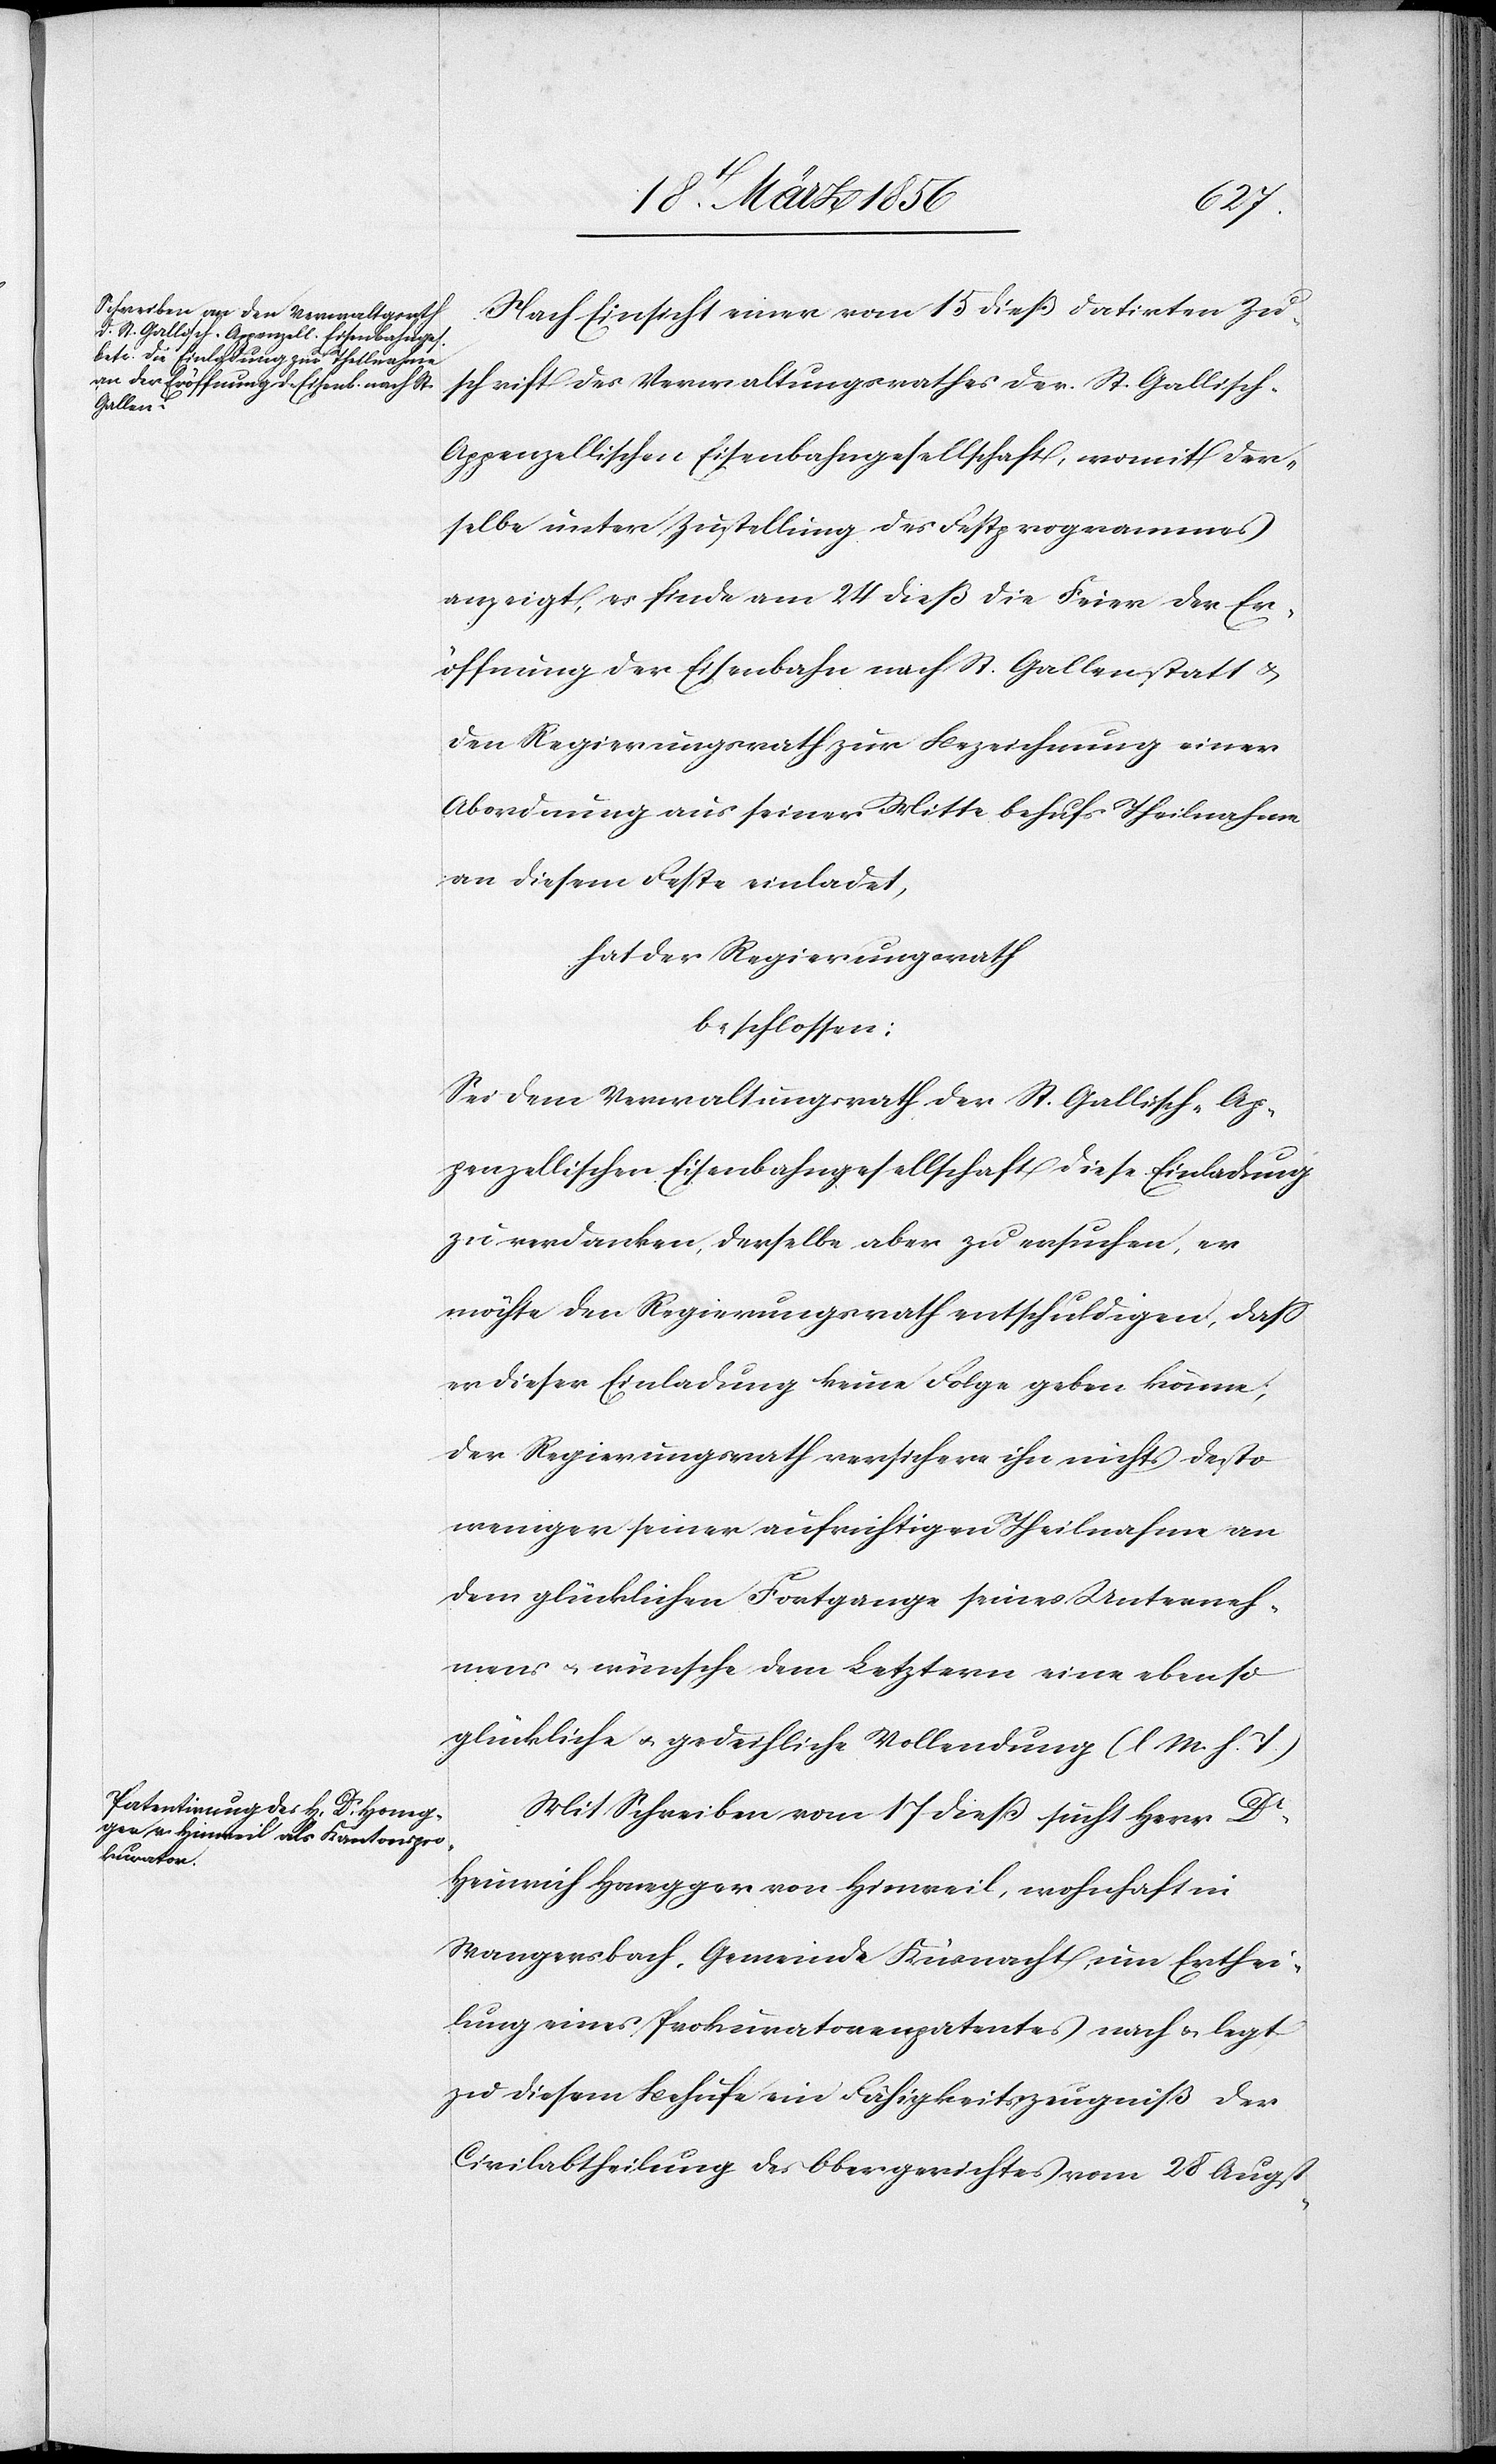
Nach Einsicht einer vom 15 dieß datirten Zu¬
schrift des Verwaltungsrathes der St. Gallisch-A¬
ppenzellischen Eisenbahngesellschaft, womit der¬
selbe unter Zustellung des Festprogrammes
anzeigt, es finde am 24 dieß die Feier der Er¬
öffnung der Eisenbahn nach St. Gallen statt &
den Regierungsrath zur Bezeichnung einer
Abordnung aus seiner Mitte behufs Theilnahme
an diesem Feste einladet,
hat der Regierungsrath
beschlossen:
Sei dem Verwaltungsrath der St. Gallisch-Ap¬
penzellischen Eisenbahngesellschaft diese Einladung
zu verdanken, derselbe aber zu ersuchen, er
möchte den Regierungsrath entschuldigen, daß
er dieser Einladung keine Folge geben könne;
der Regierungsrath versichere ihn nichts desto
weniger seiner aufrichtigen Theilnahme an
dem glücklichen Fortgange seines Unterneh¬
mens u. wünsche dem Letztern eine ebenso
glückliche u. gedeihliche Vollendung (l. M. h. T.)[.]
Mit Schreiben vom 17 dieß sucht Herr Dr
Heinrich Honegger von Hinweil, wohnhaft in
Wangensbach], Gemeinde Küsnacht, um Erthei¬
lung eines Prokuratorenpatentes nach & legt
zu diesem Behufe ein Fähigkeitszeugniß der
Civilabtheilung des Obergerichtes vom 28 Augst-